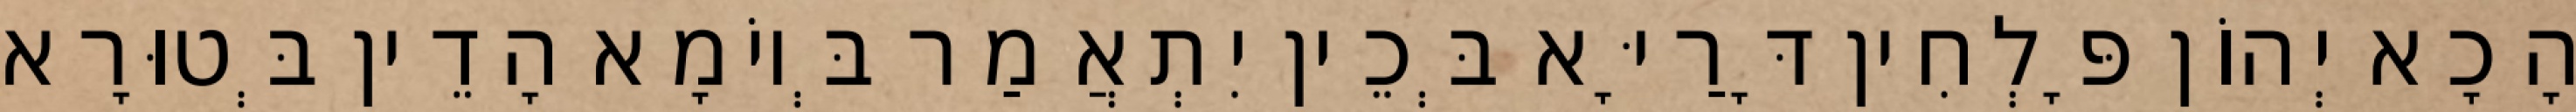
הָכָא יְהוֹן פָּלְחִין דָּרַיָּא בְּכֵין יִתְאֲמַר בְּיוֹמָא הָדֵין בְּטוּרָא